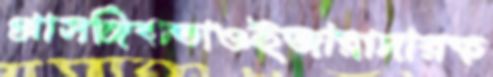
প্রাসঙ্গিকতাওইজারাদারক